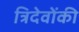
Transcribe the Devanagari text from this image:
त्रिदेवोंकी